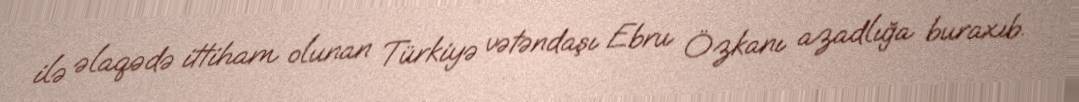
ilə əlaqədə ittiham olunan Türkiyə vətəndaşı Ebru Özkanı azadlığa buraxıb.